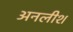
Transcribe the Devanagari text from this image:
अनलीश